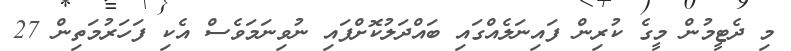
މި ދެޓީމުން މީގެ ކުރިން ފައިނަލެއްގައި ބައްދަލުކޮށްފައި ނުވިނަމަވެސް އެކި ފަހަރުމަތިން 27